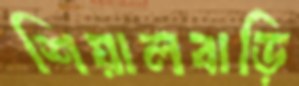
শিয়ালবাড়ি